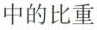
中的比重